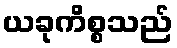
ယခုကိစ္စသည်